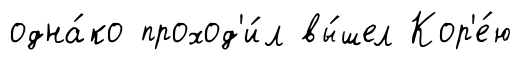
одна́ко проход'и́л вы́шел Кор'е́ю